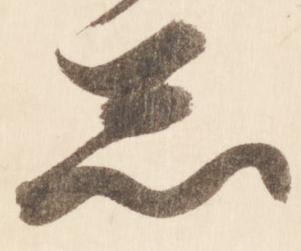
怠